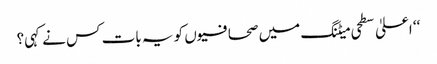
‘‘ اعلیٰ سطحی میٹنگ میں صحافیوں کو یہ بات کس نے کہی؟